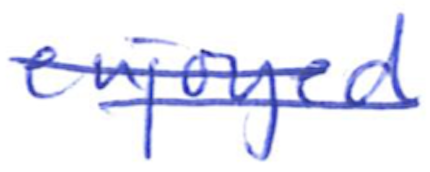
Text: enjoyed
Cross-out: double-line
Writing tool: ballpoint